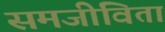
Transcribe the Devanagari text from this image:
समजीविता